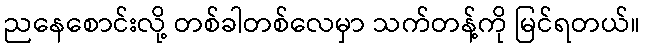
ညနေစောင်းလို့ တစ်ခါတစ်လေမှာ သက်တန့်ကို မြင်ရတယ်။